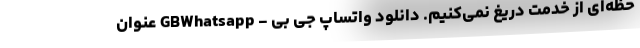
حظه‌ای از خدمت دریغ نمی‌کنیم. دانلود واتساپ جی بی - GBWhatsapp عنوان